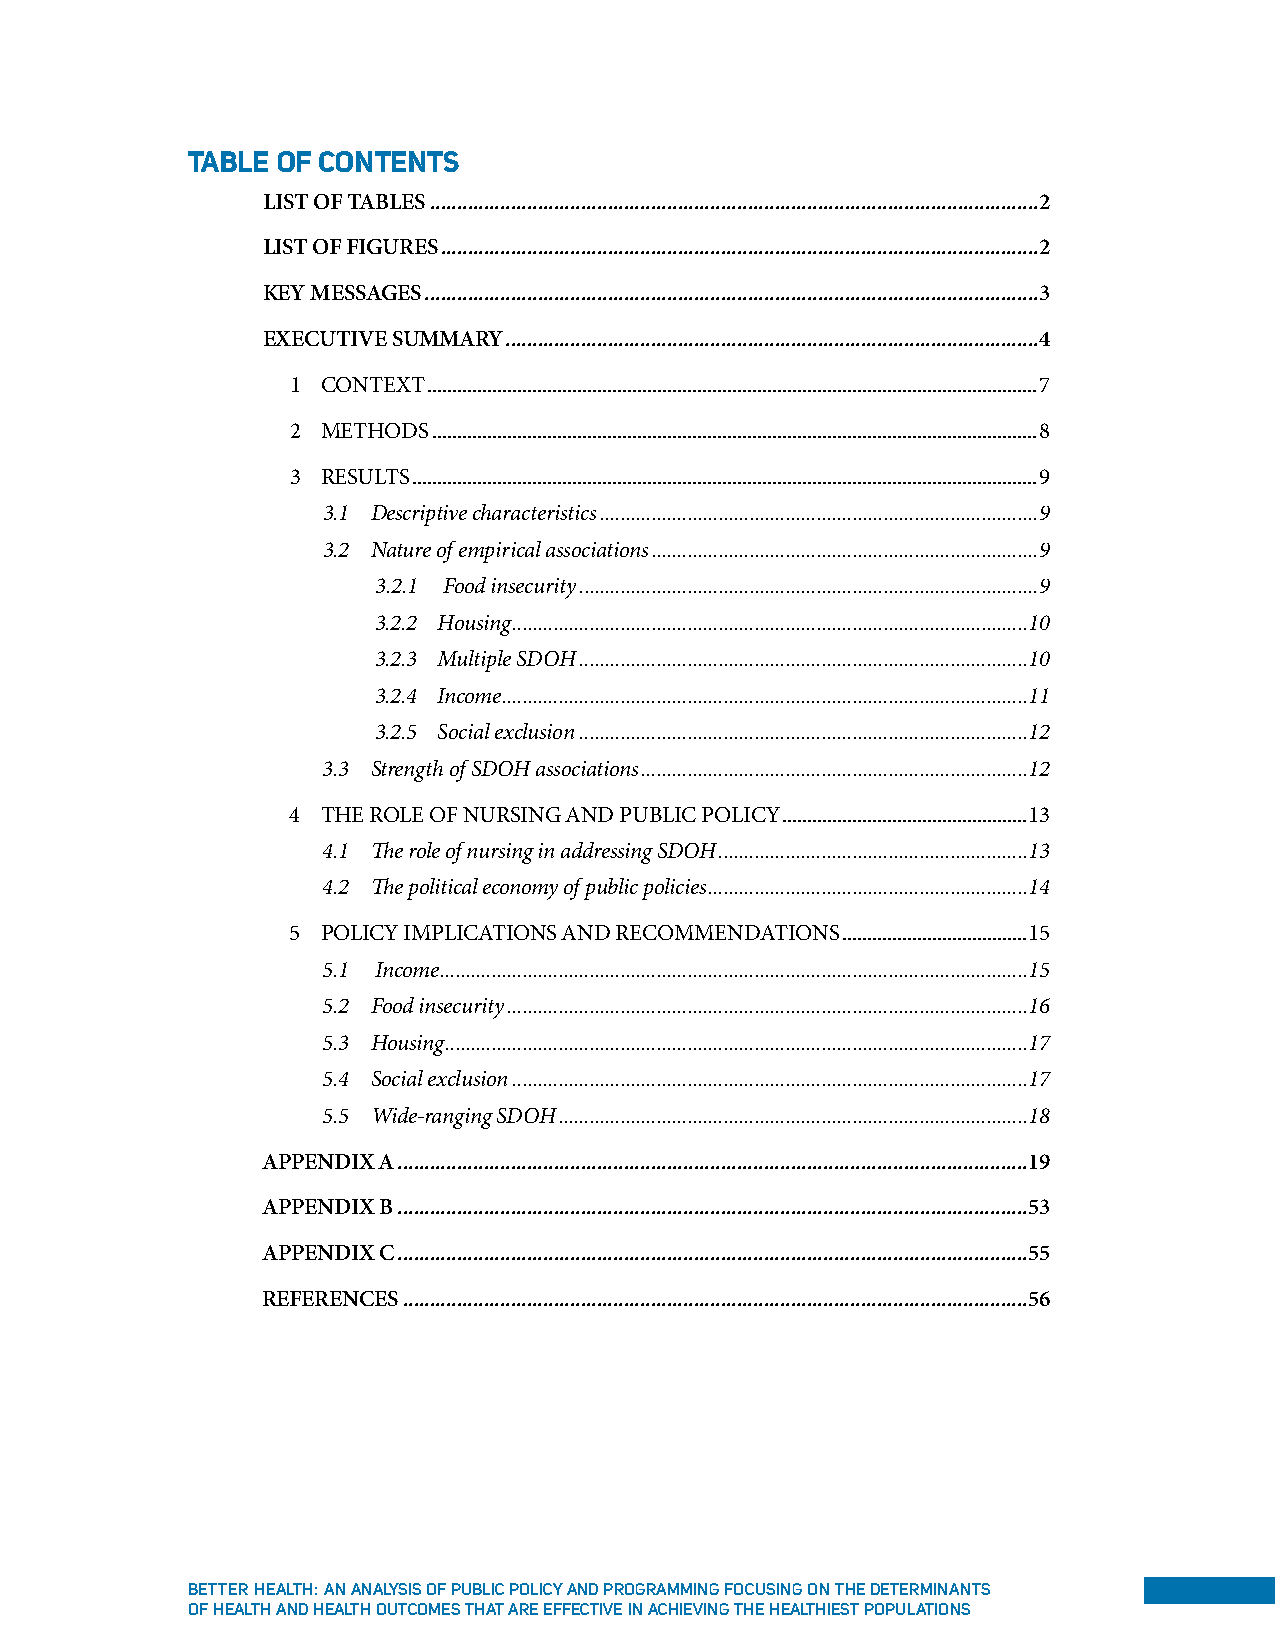
Table of conTenTs
 LIST OF TABLES .................................................................................................................2
 LIST OF FIGURES ...............................................................................................................2
 KEY MESSAGES ..................................................................................................................3
 EXECUTIVE SUMMARY ...................................................................................................4
 1 CONTEXT ..........................................................................................................................7
 2 METHODS .........................................................................................................................8
 3 RESULTS .............................................................................................................................9
 3.1 Descriptive characteristics .....................................................................................9
 3.2 Nature of empirical associations ...........................................................................9
 3.2.1 Food insecurity .........................................................................................9
 3.2.2 Housing ....................................................................................................10
 3.2.3 Multiple SDOH .......................................................................................10
 3.2.4 Income ......................................................................................................11
 3.2.5 Social exclusion .......................................................................................12
 3.3 Strength of SDOH associations ...........................................................................12
 4 THE ROLE OF NURSING AND PUBLIC POLICY .................................................13
 4.1 The role of nursing in addressing SDOH ............................................................13
 4.2 The political economy of public policies ..............................................................14
 5 POLICY IMPLICATIONS AND RECOMMENDATIONS .....................................15
 5.1 Income ..................................................................................................................15
 5.2 Food insecurity .....................................................................................................16
 5.3 Housing .................................................................................................................17
 5.4 Social exclusion ....................................................................................................17
 5.5 Wide-ranging SDOH ...........................................................................................18
 APPENDIX A .....................................................................................................................19
 APPENDIX B .....................................................................................................................53
 APPENDIX C .....................................................................................................................55
 REFERENCES ....................................................................................................................56
 Better HealtH: an analySiS oF puBliC poliCy and programming FoCuSing on tHe determinantS
 oF HealtH and HealtH outComeS tHat are eFFeCtive in aCHieving tHe HealtHieSt populationS